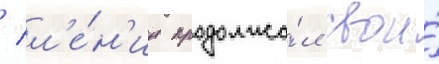
/ л'е́н'ин продолжа́л свои́